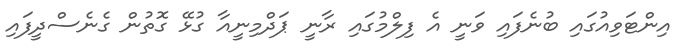
އިންޓަވިއުގައި ބުނެފައި ވަނީ އެ ފިލްމުގައި ރާނީ ޕަދްމިނީއާ ގުޅޭ ގޮތުން ގެނެސްދީފައި